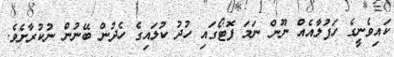
ކައިވެނީގެ ހަފުލާއެއް ނޫން ނަމަ ފޮޓޯގައި ހުދު ކުލައިގެ ހެދުން ބޭނުން ނުކުރާށެވެ.